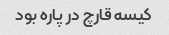
کیسه قارچ در پاره بود